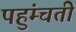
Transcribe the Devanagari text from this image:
पहुंम्चती